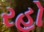
રહો